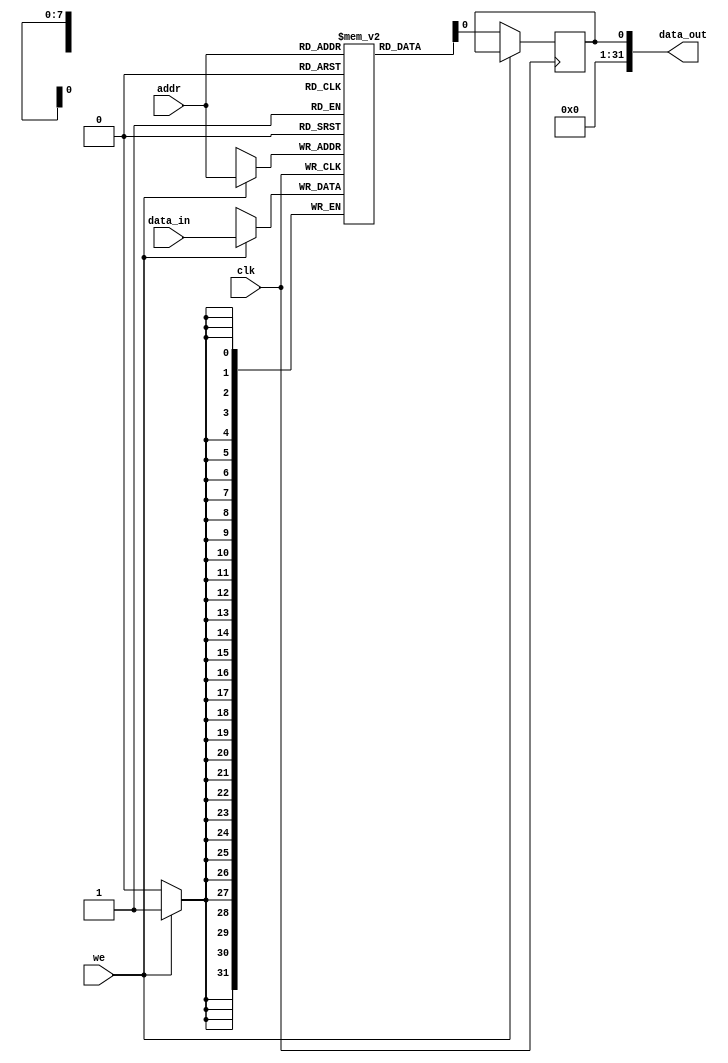
module SpriteCache #(parameter DATA_WIDTH = 32,
						   parameter ADDR_WIDTH = 8,
						   parameter DATA_DEPTH = 256)
						  (input[DATA_WIDTH-1:0]  data_in,
						   input[ADDR_WIDTH-1:0]  addr,
							input                  clk,
							input                  we,
						   output[DATA_WIDTH-1:0] data_out);

reg[DATA_WIDTH-1:0] data[DATA_DEPTH-1:0];

assign data_out = data_read;
				  
always@(posedge clk) begin
	if (we)
		data[addr] <= data_in;
	else
		data_read <= data[addr];
end


endmodule